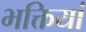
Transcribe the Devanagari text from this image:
भक्तियां